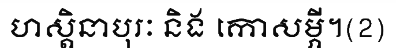
ហស្តិនាបុរៈ និង កោសម្ភី។(2)